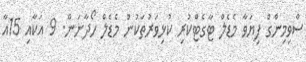
ސްވިމިންގް ފިޔަވާ މެޑެލް ޓާގެޓްކުރި ކުޅިވަރުތަކުން މެޑެލް ހޯދާނަން. 9 އަކާއި 15އާ